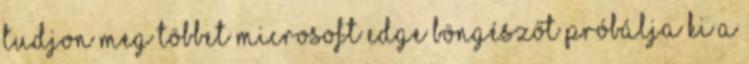
Tudjon meg többet Microsoft Edge böngészőt Próbálja ki a